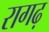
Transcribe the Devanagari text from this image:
रागढ़